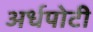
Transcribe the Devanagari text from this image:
अर्धपोटी